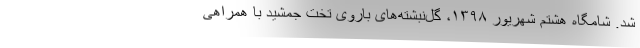
شد. شامگاه هشتم شهریور ۱۳۹۸، گل‌نبشته‌های باروی تخت جمشید با همراهی